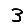
Digit: 3